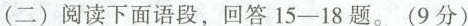
(二)阅读下面语段，回答15-18题。(9分)